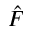
\hat { F }